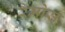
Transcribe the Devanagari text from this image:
रैमोस